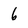
Character: 6